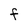
Character: f